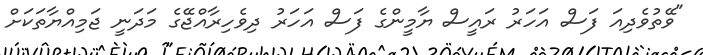
"ވޭތުވެދިއަ ފަސް އަހަރު ރައީސް ޔާމީންގެ ފަސް އަހަރު ދިވެހިރާއްޖޭގެ މަދަނީ ޖަމިއްޔާތަކަށް